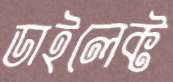
ডাইলেক্ট